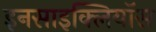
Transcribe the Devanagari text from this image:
इनसाइक्लियॉस